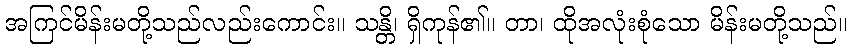
အကြင်မိန်းမတို့သည်လည်းကောင်း။ သန္တိ၊ ရှိကုန်၏။ တာ၊ ထိုအလုံးစုံသော မိန်းမတို့သည်။